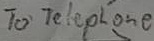
Text: To Telephone